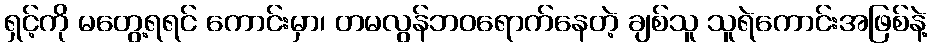
ရှင့်ကို မတွေ့ရရင် ကောင်းမှာ၊ တမလွန်ဘဝရောက်နေတဲ့ ချစ်သူ သူရဲကောင်းအဖြစ်နဲ့